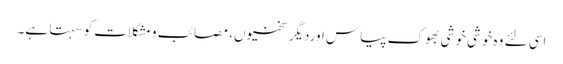
اسی لئے وہ خوشی خوشی بھوک پیاس اوردیگرسختیوں، مصائب و مشکلات کو سہتا ہے۔